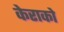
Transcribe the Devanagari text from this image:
केराको